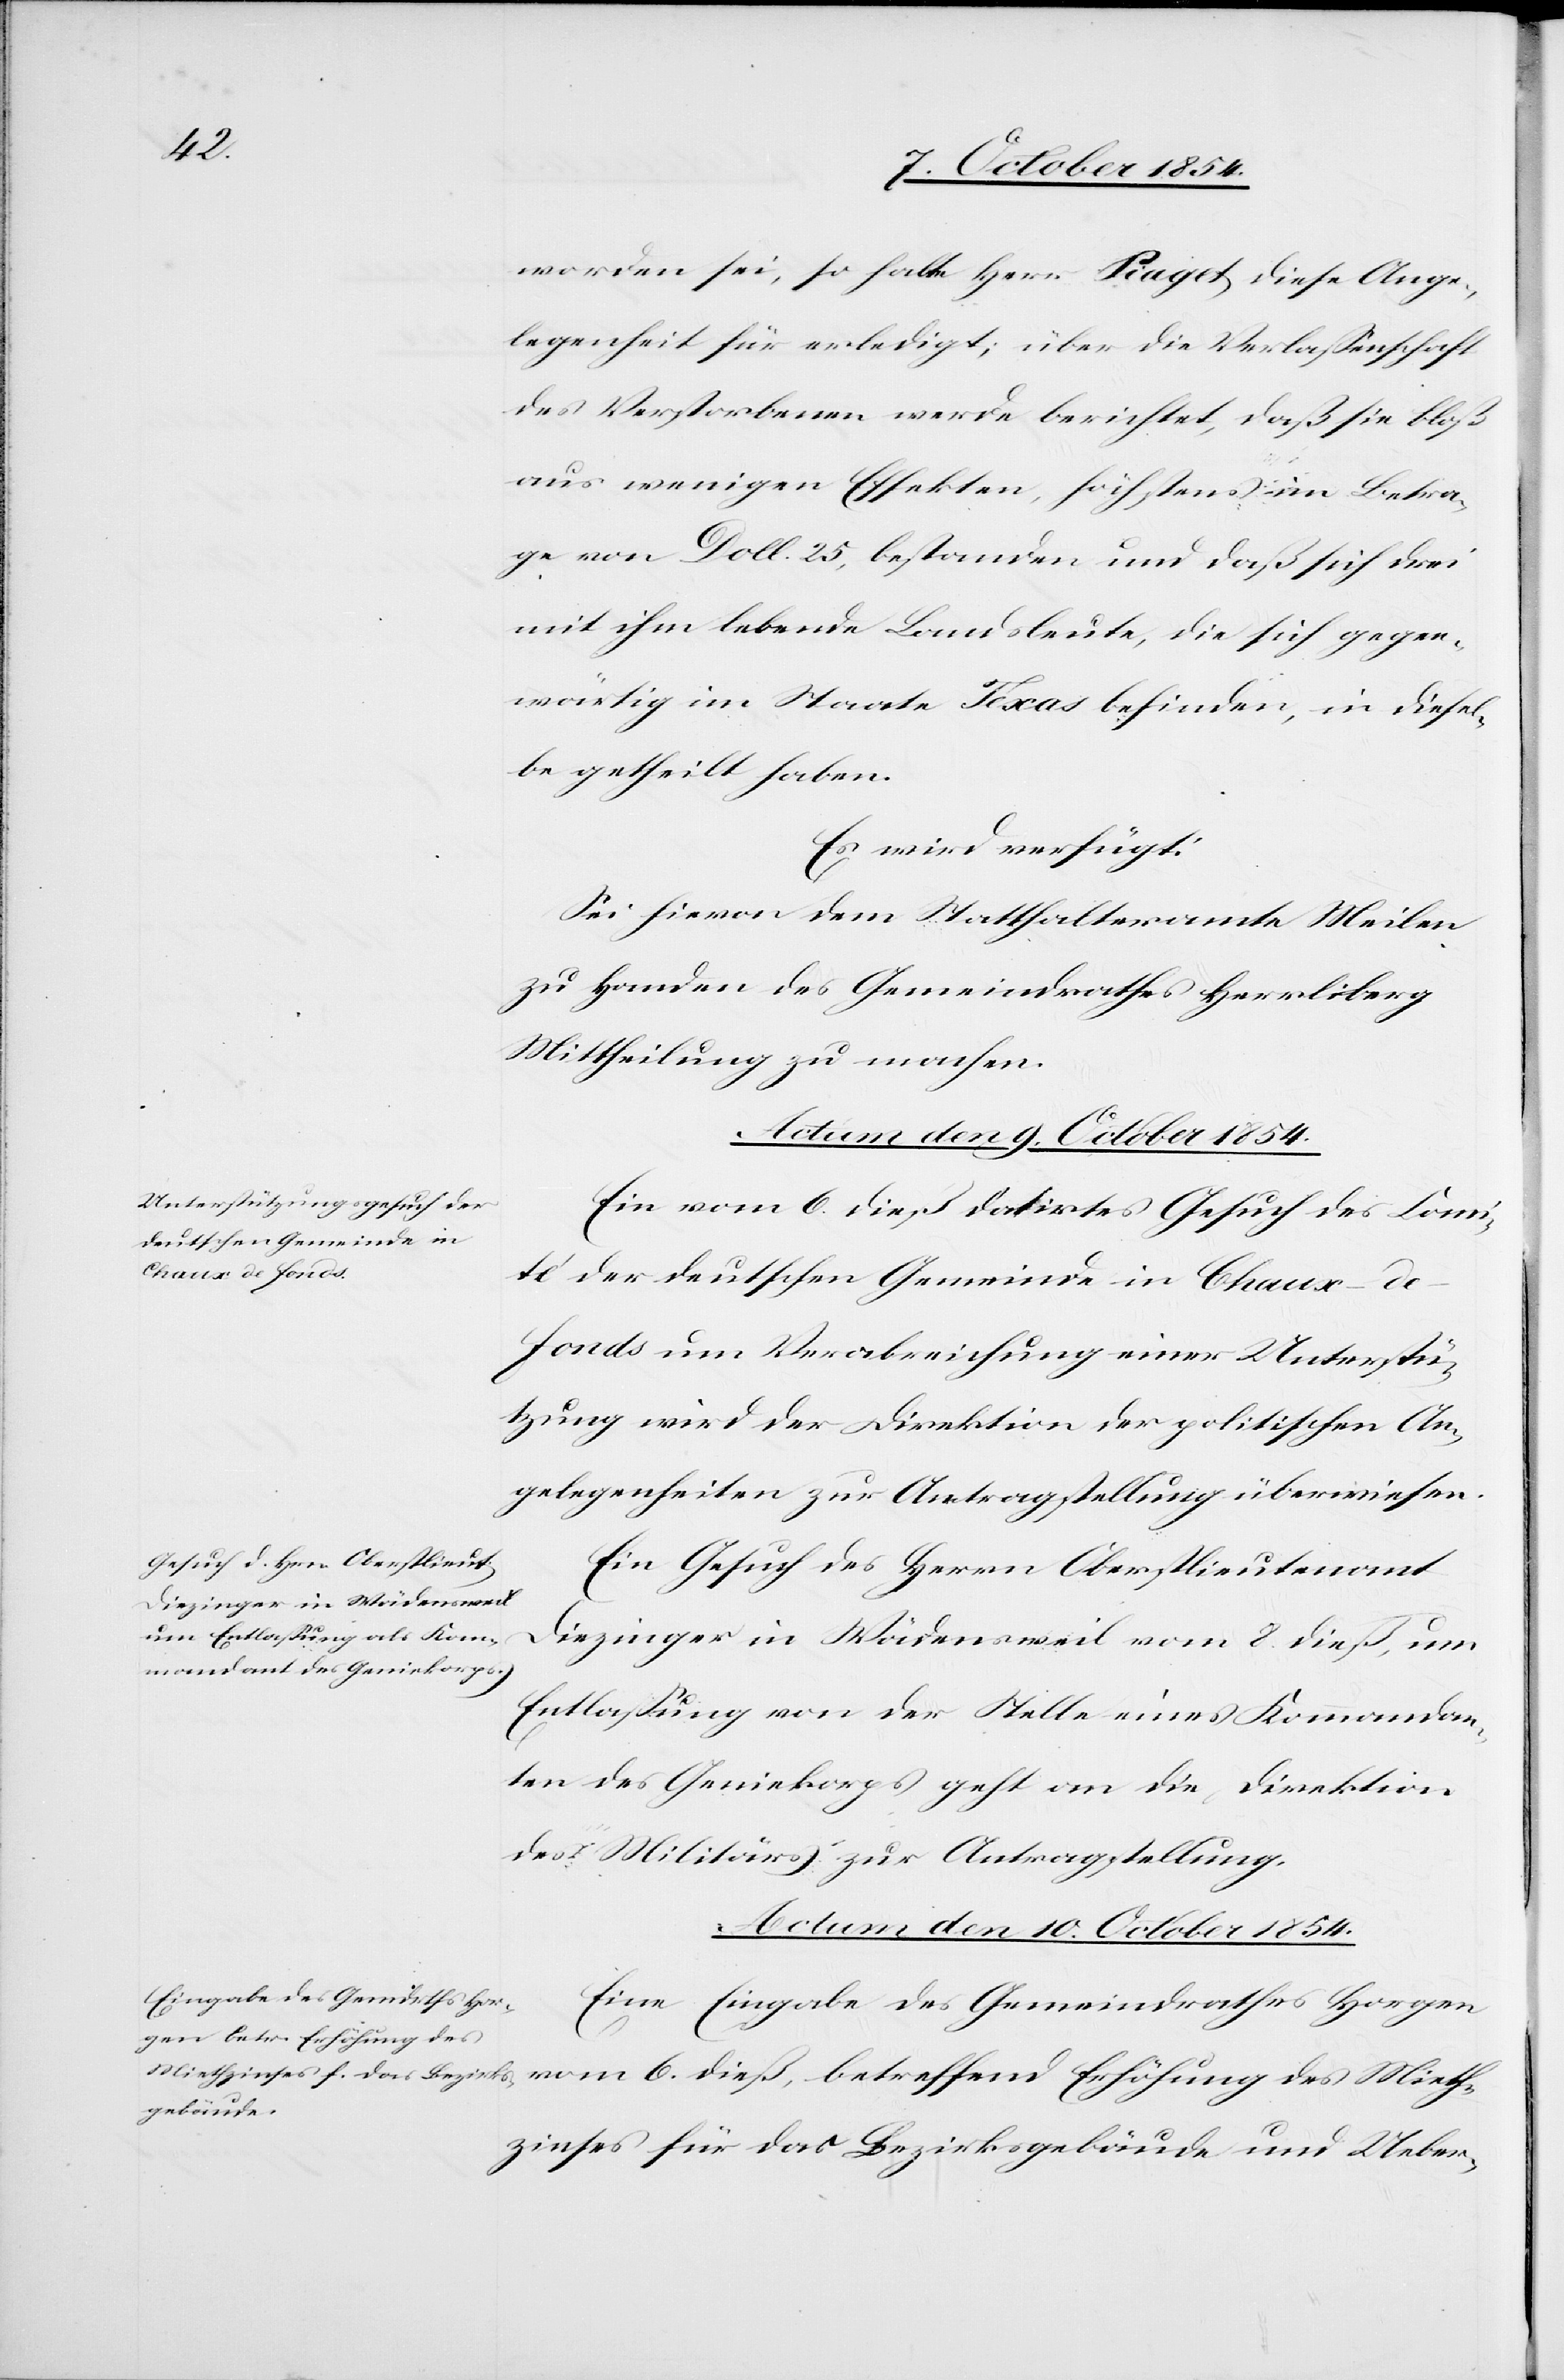
worden sei, so halte Herr Piaget diese Ange¬
legenheit für erledigt; über die Verlaßenschaft
des Verstorbenen werde berichtet, daß sie bloß
aus wenigen Effekten, höchstens im Betra¬
ge von Doll. 25, bestanden und daß sich drei
mit ihm lebende Landsleute, die sich gegen¬
wärtig im Staate Texas befinden, in [sic!] diesel¬
be getheilt haben
Es wird verfügt:
Sei hievon dem Statthalteramte Meilen
zu Handen des Gemeindrathes Herrliberg
Mittheilung zu machen.
Actum den 9. October 1854.]
Ein vom 6. dieß datirtes Gesuch des Comi¬
té der deutschen Gemeinde in Chaux-d¬
e-Fonds um Verabreichung einer Unterstü¬
tzung wird der Direktion der politischen An¬
gelegenheiten zur Antragstellung überwiesen.
Ein Gesuch des Herrn Oberstlieutenant
Diezinger in Wädensweil vom 2. dieß, um
Entlaßung von der Stelle eines Kommandan¬
ten des Geniekorps geht an die Direktion
des Militärs zur Antragstellung.
Actum den 10. October 1854.
Eine Eingabe des Gemeindrathes Horgen
vom 6. dieß, betreffend Erhöhung des Mieth¬
zinses für das Bezirksgebäude und Ueber-